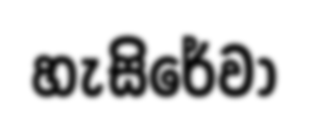
හැසිරේවා